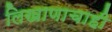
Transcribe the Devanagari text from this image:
लिखाणाचाही